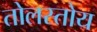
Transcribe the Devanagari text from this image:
तोलस्तोय